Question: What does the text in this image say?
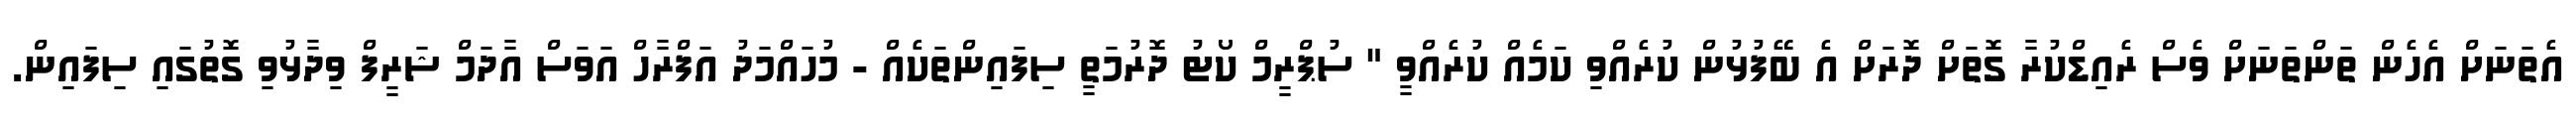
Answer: އެތަނަށް އެހެން ތަންތަނަށް ވެސް ރެއިޑްކުރާ ގޮތަށް ދޮރަށް އެ ބޭފުޅުން ކުރެއްވި ކަމެއް ކުރެއްވީ " ސުޕްރީމް ކޯޓު ދޮރުމަތީ ސިފައިންތަކެއް - މުހައްމަދު އަފްރާހް އަވަސް އާދަމް ޝަރީފް ވިދާޅުވި ގޮތުގައި ސިފައިން.